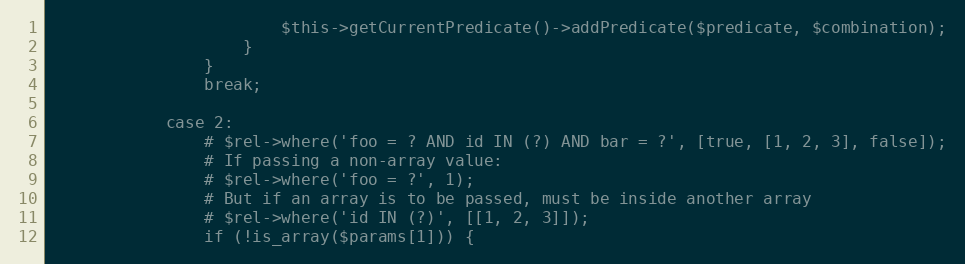
Language: PHP
                        $this->getCurrentPredicate()->addPredicate($predicate, $combination);
                    }
                }
                break;

            case 2:
                # $rel->where('foo = ? AND id IN (?) AND bar = ?', [true, [1, 2, 3], false]);
                # If passing a non-array value:
                # $rel->where('foo = ?', 1);
                # But if an array is to be passed, must be inside another array
                # $rel->where('id IN (?)', [[1, 2, 3]]);
                if (!is_array($params[1])) {